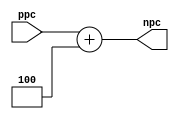
`timescale 1ns / 1ps

module inc_pc(ppc,npc);
input  [31:0] ppc;
output [31:0] npc;

assign npc = ppc + 4;
endmodule